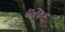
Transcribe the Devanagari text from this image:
७२४६